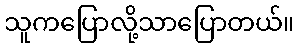
သူကပြောလို့သာပြောတယ်။